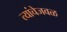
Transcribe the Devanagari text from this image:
त्यांचेजवळ